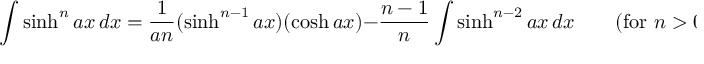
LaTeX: \int \sinh ^ { n } a x \, d x = { \frac { 1 } { a n } } ( \sinh ^ { n - 1 } a x ) ( \cosh a x ) - { \frac { n - 1 } { n } } \int \sinh ^ { n - 2 } a x \, d x \qquad { \mathrm { ( f o r ~ } } n > 0 { \mathrm { ) } }